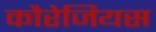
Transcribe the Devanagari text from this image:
कौरेजियस